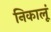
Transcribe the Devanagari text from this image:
निकालूं